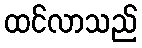
ထင်လာသည်